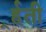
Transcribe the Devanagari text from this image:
र्र्हती